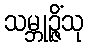
သမ္ဘုဉ္ဇိံသု